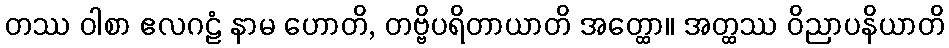
တဿ ဝါစာ ဧလဂဠံ နာမ ဟောတိ, တဗ္ဗိပရိတာယာတိ အတ္ထော။ အတ္ထဿ ဝိညာပနိယာတိ